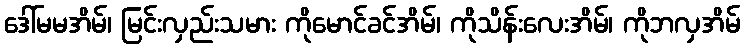
ဒေါ်မမအိမ်၊ မြင်းလှည်းသမား ကိုမောင်ခင်အိမ်၊ ကိုသိန်းလေးအိမ်၊ ကိုဘလှအိမ်